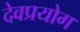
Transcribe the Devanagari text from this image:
देवप्रयोग